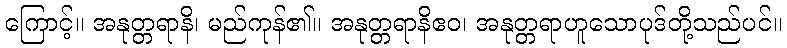
ကြောင့်။ အနုတ္တရာနိ၊ မည်ကုန်၏။ အနုတ္တရာနိဧဝ၊ အနုတ္တရာဟူသောပုဒ်တို့သည်ပင်။